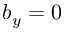
b _ { y } = 0